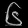
Digit: ၆